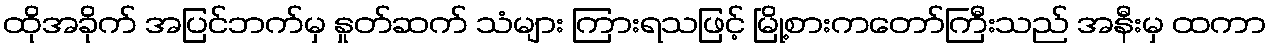
ထိုအခိုက် အပြင်ဘက်မှ နှုတ်ဆက် သံများ ကြားရသဖြင့် မြို့စားကတော်ကြီးသည် အနီးမှ ထကာ